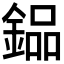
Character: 𨩗